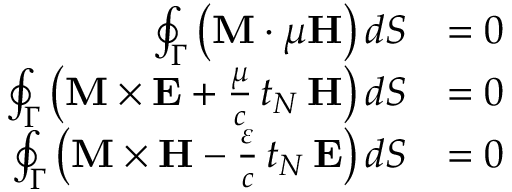
{ \begin{array} { r l } { \oint _ { \Gamma } \left( \mathbf { M } \cdot \mu \mathbf { H } \right) d S } & { = 0 } \\ { \oint _ { \Gamma } \left( \mathbf { M } \times \mathbf { E } + { \frac { \mu } { c } } \, t _ { N } \, \mathbf { H } \right) d S } & { = 0 } \\ { \oint _ { \Gamma } \left( \mathbf { M } \times \mathbf { H } - { \frac { \varepsilon } { c } } \, t _ { N } \, \mathbf { E } \right) d S } & { = 0 } \end{array} }